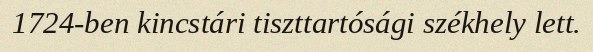
1724-ben kincstári tiszttartósági székhely lett.